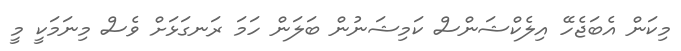
މިކަން އެބަޖެހޭ އިލެކްޝަންސް ކަމިޝަނުން ބަލަން ހަމަ ރަނގަޅަށް ވެސް މިނަމަކީ މީ